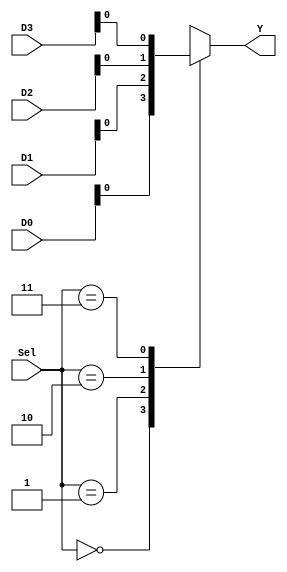
module MUX4to1(
  input [3:0] D0, D1, D2, D3,
  input [1:0] Sel,
  output Y
);
  wire Y;
  always @(*) begin
    case (Sel)
      2'b00: Y = D0;
      2'b01: Y = D1;
      2'b10: Y = D2;
      2'b11: Y = D3;
    endcase
  end
endmodule